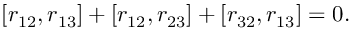
[ r _ { 1 2 } , r _ { 1 3 } ] + [ r _ { 1 2 } , r _ { 2 3 } ] + [ r _ { 3 2 } , r _ { 1 3 } ] = 0 .